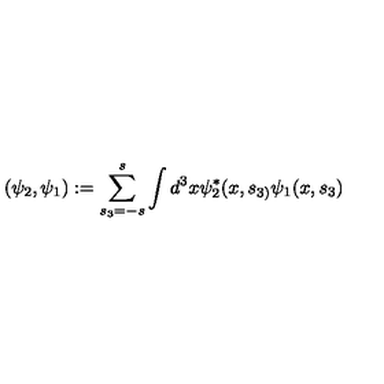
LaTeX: ( \psi _ { 2 } , \psi _ { 1 } ) : = \sum _ { s _ { 3 } = - s } ^ { s } \int d ^ { 3 } x \psi _ { 2 } ^ { * } ( x , s _ { 3 ) } \psi _ { 1 } ( x , s _ { 3 } )